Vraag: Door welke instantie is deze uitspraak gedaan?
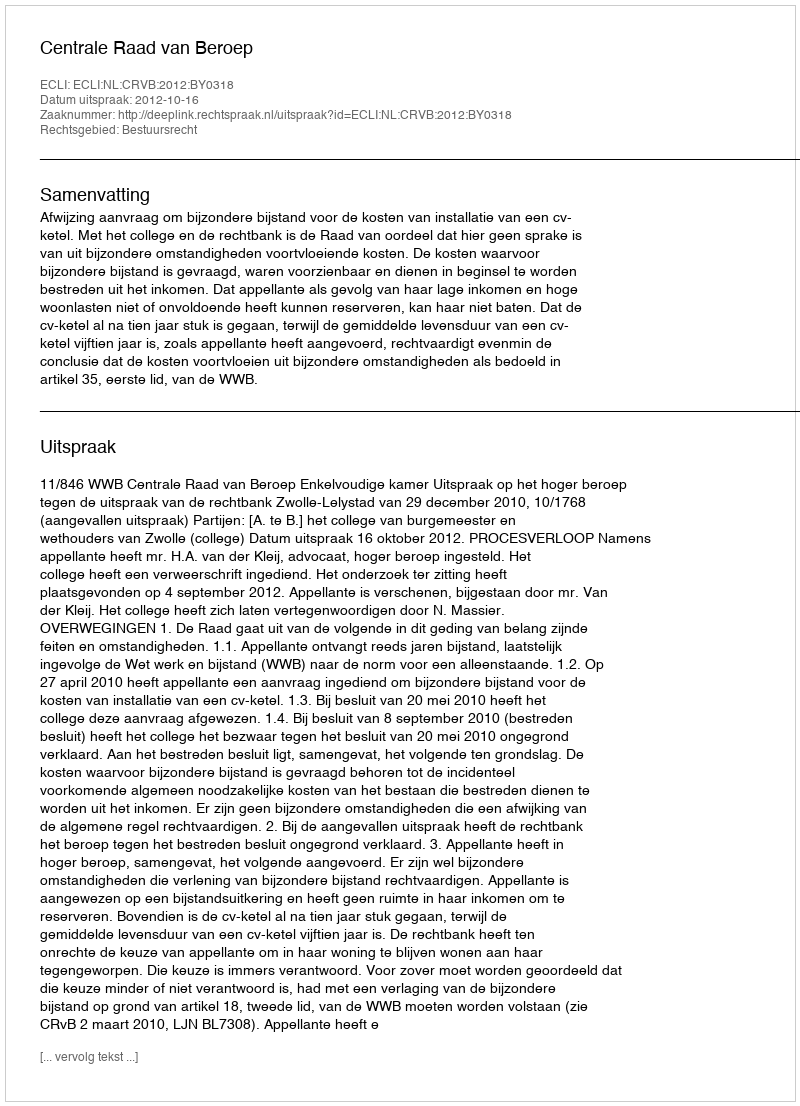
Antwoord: Centrale Raad van Beroep